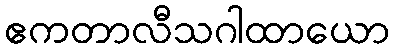
ဧကတာလီသဂါထာယော